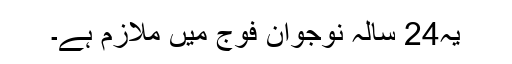
یہ24 سالہ نوجوان فوج میں ملازم ہے۔